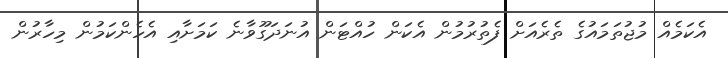
އެކަމެއް މުޖުތަމައުގެ ތެރެއަށް ފެތުރުމުން އެކަން ހުއްޓަން އުނަދަގޫވާނެ ކަމަށާއި އެހެންކަމުން މިހާރުން